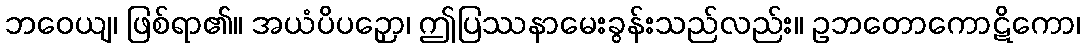
ဘဝေယျ၊ ဖြစ်ရာ၏။ အယံပိပဉှော၊ ဤပြဿနာမေးခွန်းသည်လည်း။ ဥဘတောကောဋိကော၊